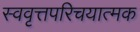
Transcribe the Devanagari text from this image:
स्ववृत्तपरिचयात्मक